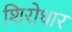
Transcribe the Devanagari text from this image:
शिरोधार